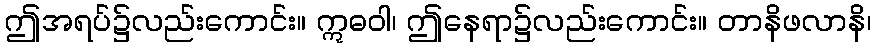
ဤအရပ်၌လည်းကောင်း။ ဣဓဝါ၊ ဤနေရာ၌လည်းကောင်း။ တာနိဖလာနိ၊